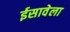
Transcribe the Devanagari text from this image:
ईसावेला